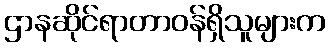
ဌာနဆိုင်ရာတာဝန်ရှိသူများက